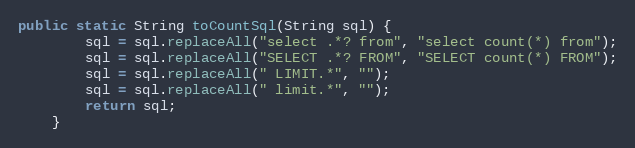
Language: Java
public static String toCountSql(String sql) {
		sql = sql.replaceAll("select .*? from", "select count(*) from");
		sql = sql.replaceAll("SELECT .*? FROM", "SELECT count(*) FROM");
		sql = sql.replaceAll(" LIMIT.*", "");
		sql = sql.replaceAll(" limit.*", "");
		return sql;
	}